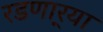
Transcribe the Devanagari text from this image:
रडणार्‍या